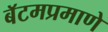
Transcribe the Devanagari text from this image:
बॅटमप्रमाणे